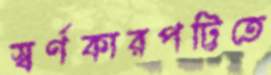
স্বর্ণকারপট্টিতে